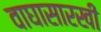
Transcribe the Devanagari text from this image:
वाघासारखी